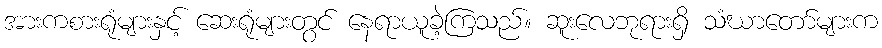
အားကစားရုံများနှင့် ဆေးရုံများတွင် နေရာယူခဲ့ကြသည်။ ဆူးလေဘုရားရှိ သံဃာတော်များက